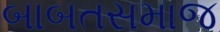
બાબતસમાજ